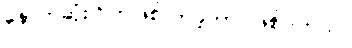
နောက်ဆုံးဂြိုဟ်ဖြစ်လာခဲ့တာ ဖြစ်ပါတယ်။